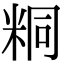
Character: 粡